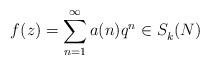
LaTeX: \begin{align*}f(z) = \sum_{n=1}^\infty a(n) q^n \in S_k^{}(N)\end{align*}